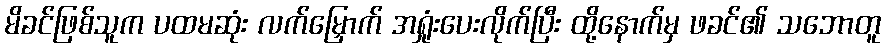
မိခင်ဖြစ်သူက ပထမဆုံး လက်မြှောက် အရှုံးပေးလိုက်ပြီး ထို့နောက်မှ ဖခင်၏ သဘောတူ